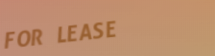
FOR LEASE